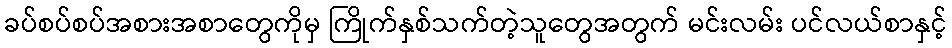
ခပ်စပ်စပ်အစားအစာတွေကိုမှ ကြိုက်နှစ်သက်တဲ့သူတွေအတွက် မင်းလမ်း ပင်လယ်စာနှင့်